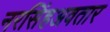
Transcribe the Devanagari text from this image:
नरसिंहअवतार